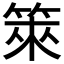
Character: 箂